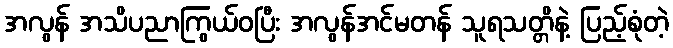
အလွန် အသိပညာကြွယ်ဝပြီး အလွန်အင်မတန် သူရသတ္တိနဲ့ ပြည့်စုံတဲ့